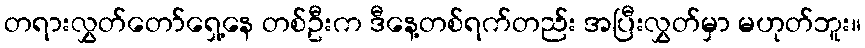
တရားလွှတ်တော်ရှေ့နေ တစ်ဦးက ဒီနေ့တစ်ရက်တည်း အပြီးလွှတ်မှာ မဟုတ်ဘူး။